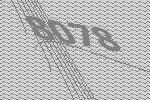
8078